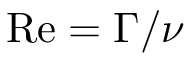
\mathrm { R e } = \Gamma / \nu